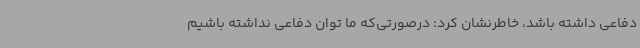
دفاعی داشته باشد، خاطرنشان کرد: درصورتی‌که ما توان دفاعی نداشته باشیم